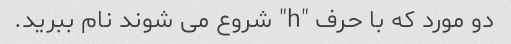
دو مورد که با حرف "h" شروع می شوند نام ببرید.